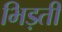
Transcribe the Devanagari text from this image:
भिड़ती